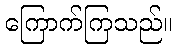
ကြောက်ကြသည်။